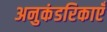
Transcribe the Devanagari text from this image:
अनुकंडरिकाएँ